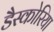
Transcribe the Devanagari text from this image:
डैस्कोरिया